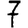
Digit: 7